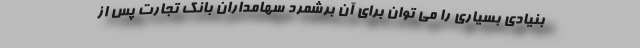
بنیادی بسیاری را می توان برای آن برشمرد سهامداران بانک تجارت پس از